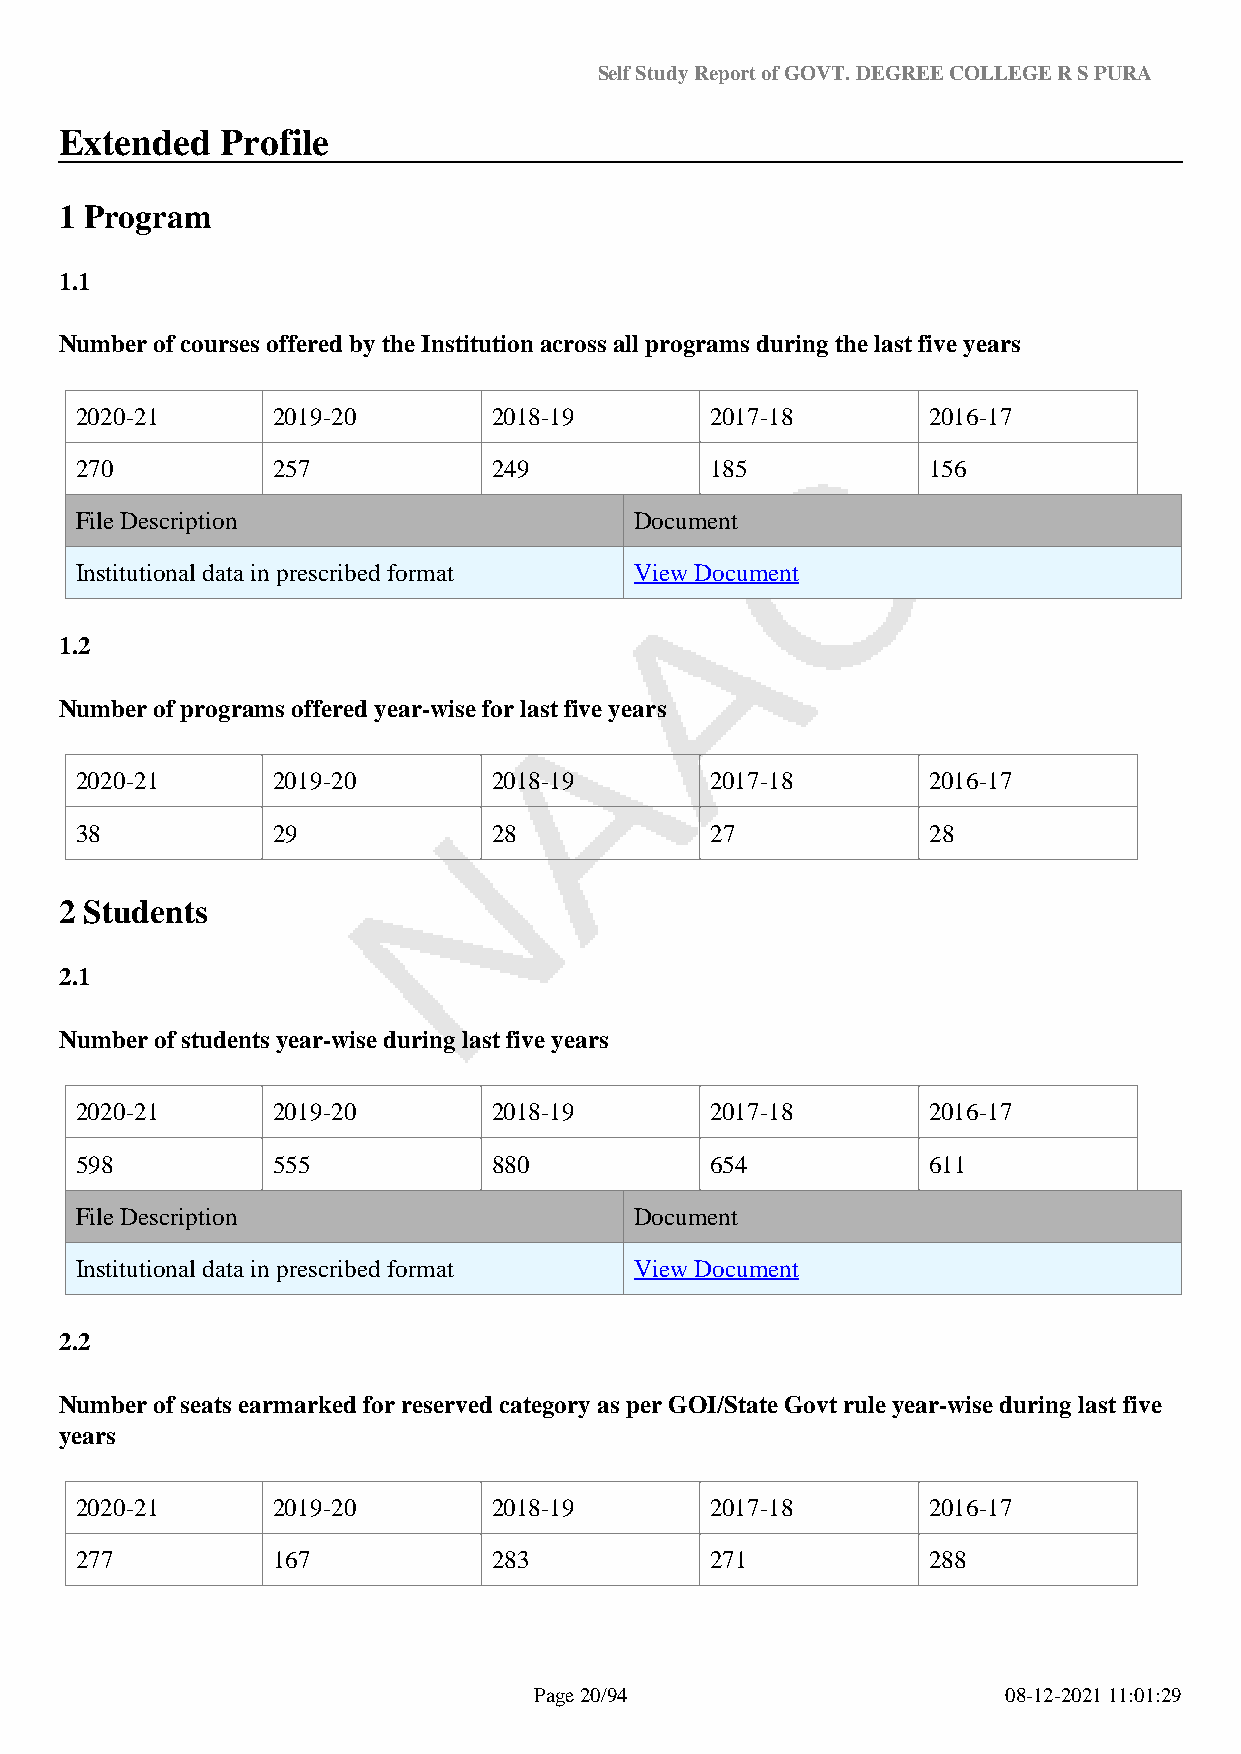
Self Study Report of GOVT. DEGREE COLLEGE R S PURA
 Extended   Profile
 1 Program
 1.1
 Number of courses offered by the Institution across all programs during the last five years
 2020-21      2019-20        2018-19       2017-18       2016-17
 270          257            249           185           156
 File Description                     Document
 Institutional data in prescribed format View Document
 1.2
 Number of programs offered year-wise for last five years
 2020-21      2019-20        2018-19       2017-18       2016-17
 38           29             28            27            28
 2 Students
 2.1
 Number of students year-wise during last five years
 2020-21      2019-20        2018-19       2017-18       2016-17
 598          555            880           654           611
 File Description                     Document
 Institutional data in prescribed format View Document
 2.2
 Number of seats earmarked for reserved category as per GOI/State Govt rule year-wise during last five
 years
 2020-21      2019-20        2018-19       2017-18       2016-17
 277          167            283           271           288
 Page 20/94                      08-12-2021 11:01:29